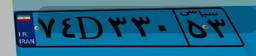
۷۴D۳۳۰۵۳